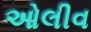
ઓલીવ